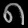
Digit: ၈